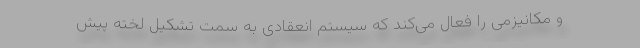
و مکانیزمی را فعال می‌کند که سیستم انعقادی به سمت تشکیل لخته پیش